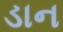
ડાન